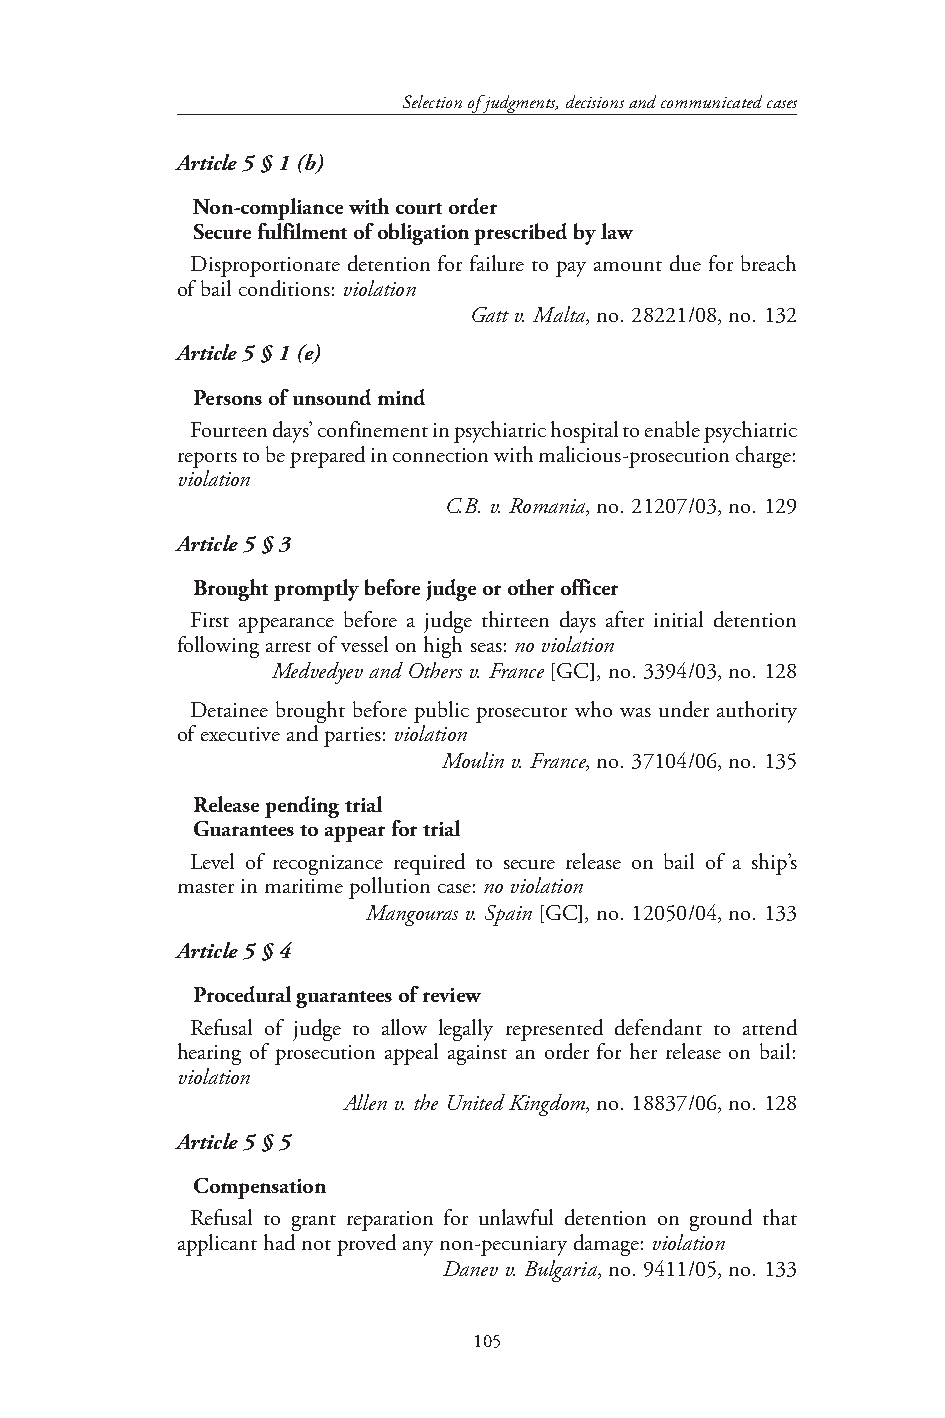
Selection of judgments, decisions and communicated cases
 Article 5 § 1 (b)
 Non-compliance with court order
 Secure fulfilment of obligation prescribed by law
 Disproportionate detention for failure to pay amount due for breach
 of bail conditions: violation
 Gatt v. Malta, no. 28221/08, no. 132
 Article 5 § 1 (e)
 Persons of unsound mind
 Fourteen days’ confinement in psychiatric hospital to enable psychiatric
 reports to be prepared in connection with malicious-prosecution charge:
 violation
 C.B. v. Romania, no. 21207/03, no. 129
 Article 5 § 3
 Brought promptly before judge or other officer
 First appearance before a judge thirteen days after initial detention
 following arrest of vessel on high seas: no violation
 Medvedyev and Others v. France [GC], no. 3394/03, no. 128
 Detainee brought before public prosecutor who was under authority
 of executive and parties: violation
 Moulin v. France, no. 37104/06, no. 135
 Release pending trial
 Guarantees to appear for trial
 Level of recognizance required to secure release on bail of a ship’s
 master in maritime pollution case: no violation
 Mangouras v. Spain [GC], no. 12050/04, no. 133
 Article 5 § 4
 Procedural guarantees of review
 Refusal of judge to allow legally represented defendant to attend
 hearing of prosecution appeal against an order for her release on bail:
 violation
 Allen v. the United Kingdom, no. 18837/06, no. 128
 Article 5 § 5
 Compensation
 Refusal to grant reparation for unlawful detention on ground that
 applicant had not proved any non-pecuniary damage: violation
 Danev v. Bulgaria, no. 9411/05, no. 133
 105